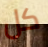
كل